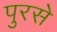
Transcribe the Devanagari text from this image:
पुरसे